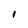
Character: I